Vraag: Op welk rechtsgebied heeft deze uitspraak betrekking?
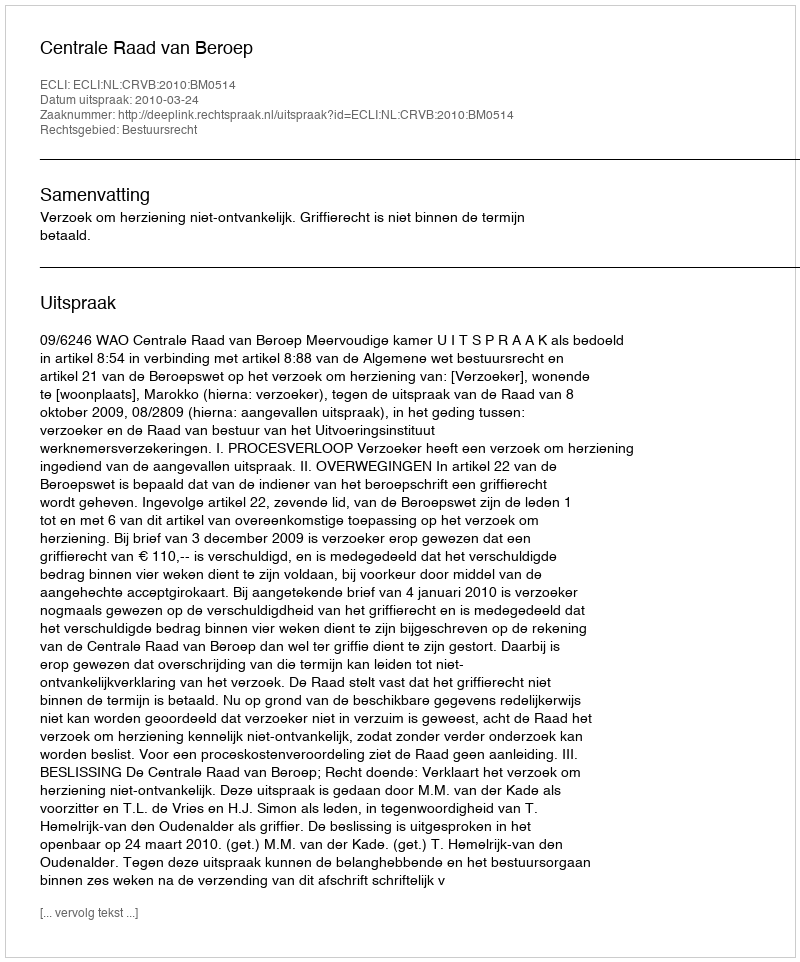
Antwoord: Bestuursrecht